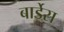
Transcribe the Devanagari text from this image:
बार्डेस